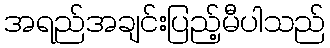
အရည်အချင်းပြည့်မီပါသည်